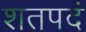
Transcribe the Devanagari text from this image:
शतपदं